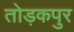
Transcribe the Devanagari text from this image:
तोड़कपुर